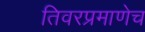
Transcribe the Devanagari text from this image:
तिवरप्रमाणेच